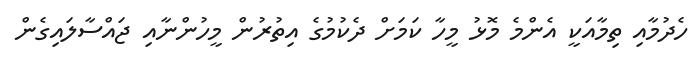
ހެދުމާއި ތިމާއަކީ އެންމެ މޮޅު މީހާ ކަމަށް ދެކުމުގެ އިތުރުން މީހުންނާއި ޖައްސާލައިގެން